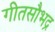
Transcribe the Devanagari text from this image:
गीतसौभद्र